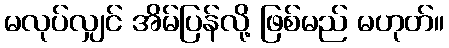
မလုပ်လျှင် အိမ်ပြန်လို့ ဖြစ်မည် မဟုတ်။